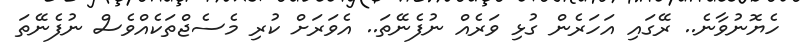
ހެޔޮނުވާނެ.. ރޭގައި އަހަރެން ގުޅި ވަރެއް ނުފެނޭތަ.. އެވަރަށް ކުރި މެސެޖްތަކެއްވެސް ނުފެނޭތަ